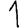
Digit: 1